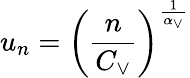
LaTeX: u_{n}=\left(\frac{n}{C_{\vee}}\right)^{\frac{1}{\alpha_{\vee}}}